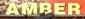
amber